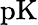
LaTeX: \mathrm{pK}